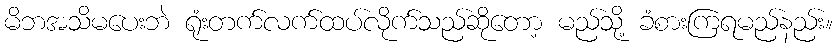
မိဘအသိမပေးဘဲ ရုံးတက်လက်ထပ်လိုက်သည်ဆိုတော့ မည်သို့ ခံစားကြရမည်နည်း။